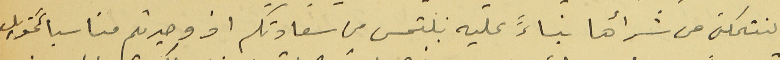
لنتمكن من شرأها بناءً عليه نلتمس من سعادتكم اذ وجدتم مناسباً تحويل